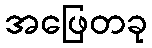
အဖြေတခု